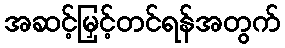
အဆင့်မြှင့်တင်ရန်အတွက်